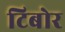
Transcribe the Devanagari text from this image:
टिबोर